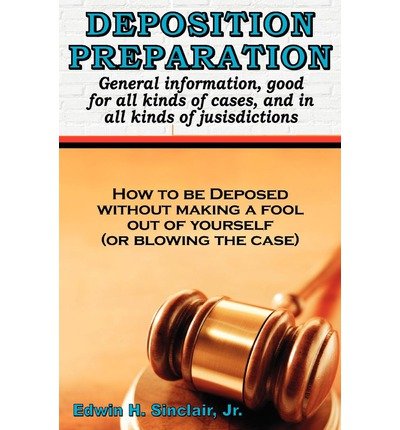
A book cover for Deposition Preparation: For All Kinds of Cases, and in All Jurisdictions (Paperback) - Common; By (author) Jr. Edwin H Sinclair; Law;